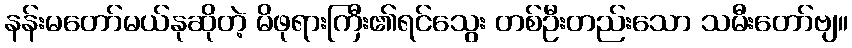
နန်းမတော်မယ်နုဆိုတဲ့ မိဖုရားကြီး၏ရင်သွေး တစ်ဦးတည်းသော သမီးတော်ဗျ။